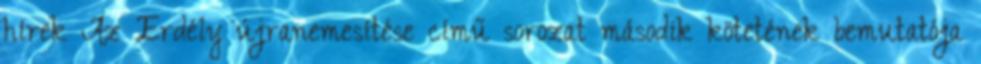
hírek Az Erdély újranemesítése című sorozat második kötetének bemutatója